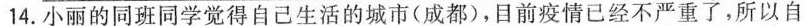
14.小丽的同班同学觉得自己生活的城市(成都)，目前疫情已经不严重了，所以自